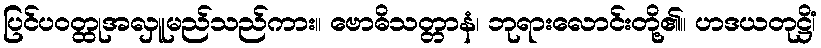
ပြင်ပဝတ္ထုအလှူမည်သည်ကား။ ဗောဓိသတ္တာနံ၊ ဘုရားလောင်းတို့၏။ ဟဒယတုဋ္ဌိံ၊